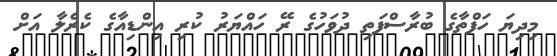
މިިދިޔަ ހަފްތާގެ ބުރާސްފަތި ދުވަހުގެ ރޭ ހައްޔަރު ކުރި އިންޑިއާގެ ކެރެލާ އަށް